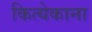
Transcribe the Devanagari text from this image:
कित्येकाना